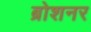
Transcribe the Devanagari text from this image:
ब्रोशनर